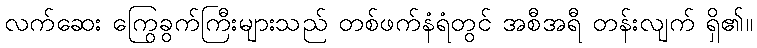
လက်ဆေး ကြွေခွက်ကြီးများသည် တစ်ဖက်နံရံတွင် အစီအရီ တန်းလျက် ရှိ၏။